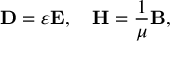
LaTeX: \mathbf { D } = \varepsilon \mathbf { E } , \quad \mathbf { H } = { \frac { 1 } { \mu } } \mathbf { B } ,